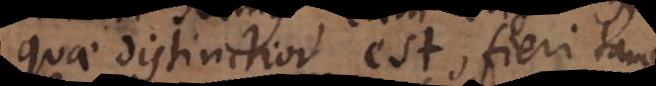
quae distinctior est, fieri tamen